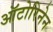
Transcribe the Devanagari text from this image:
ऑटोरिनेन